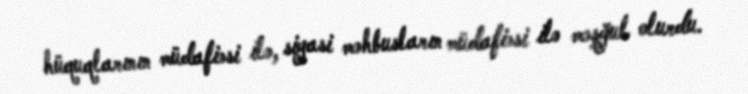
hüquqlarının müdafiəsi ilə, siyasi məhbusların müdafiəsi ilə məşğul olurdu.